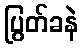
ပြွတ်ခနဲ